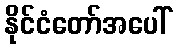
နိုင်ငံတော်အပေါ်